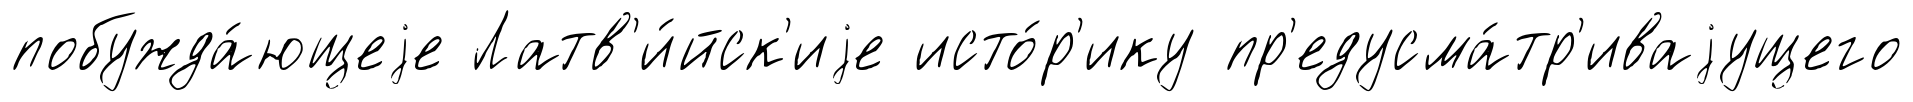
побужда́ющеjе Латв'и́йск'иjе исто́р'ику пр'едусма́тр'иваjущего